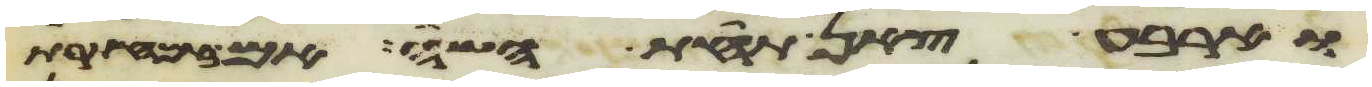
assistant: וארבע צאן תחת השה אם